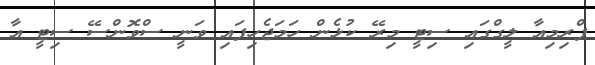
ޕްރިމިއާ ލީގްގައި ސިޓީ މިރޭ ކުޅެން ހަމަޖެހިފައި ވަނީ ސްވޮންސޭ ސިޓީ އާ